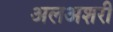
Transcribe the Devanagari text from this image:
अलअशरी